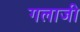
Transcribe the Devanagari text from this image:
गलाजी